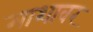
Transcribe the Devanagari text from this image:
माशावर